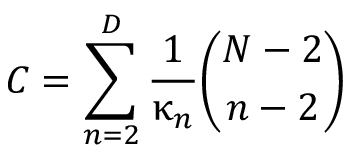
C = \sum _ { n = 2 } ^ { D } \frac { 1 } { \upkappa _ { n } } \binom { N - 2 } { n - 2 }